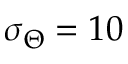
\sigma _ { \Theta } = 1 0